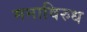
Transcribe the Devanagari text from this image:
मनाविरुध